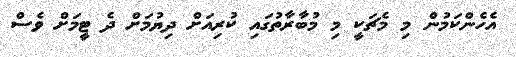
އެހެންކަމުން މި މެޗަކީ މި މުބާރާތުގައި ކުރިއަށް ދިޔުމަށް ދެ ޓީމަށް ވެސް